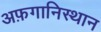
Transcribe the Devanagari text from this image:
अफ़गानिस्थान